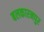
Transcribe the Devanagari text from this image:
बलकारनपुर